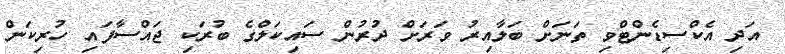
އަދި އެކްސިޑެންޓްވި ތަނަށް ބަލާއިރު ވަރަށް ދުރުން ސައިކަލްގެ ބުރަކި ޖައްސާފައި ހުރިކަން